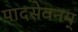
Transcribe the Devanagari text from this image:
पादसेवनम्